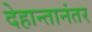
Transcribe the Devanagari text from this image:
देहान्तानंतर